Annual report of the Punjab Veterinary College and of the Civil Veterinary Department, Punjab - 1926-1932
Year: 1926
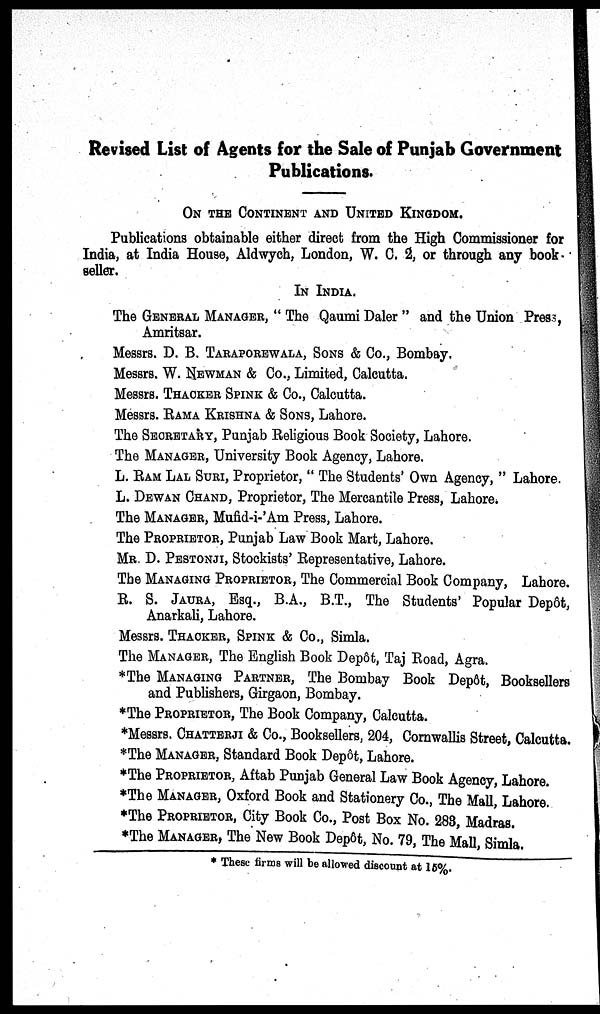
Revised List of Agents for the Sale of Punjab Government
Publications.
ON THE CONTINENT AND UNITED KINGDOM.
Publications obtainable either direct from the High Commissioner for
India, at India House, Aldwych, London, W. C. 2, or through any book-
seller.
IN INDIA.
The GENERAL MANAGER, " The Qaumi Daler " and the Union Press,
Amritsar.
Messrs. D. B.TARAPOREWALA, SONS & Co., Bombay.
Messrs. W.NEWMAN & Co., Limited, Calcutta.
Messrs.THACKER SPINK& Co., Calcutta.
Messrs. RAMA KRISHNA & SONS, Lahore.
The SECRETARY, Punjab Religious Book Society, Lahore.
The MANAGER, University Book Agency, Lahore.
L. RAM LAL SURI, Proprietor, " The Students' Own Agency, " Lahore.
L. DEWAN CHAND, Proprietor, The Mercantile Press, Lahore.
The MANAGER, Mufid-i-'Am Press, Lahore.
The PROPRIETOR,Punjab Law Book Mart, Lahore.
MR. D.PESTONJI, Stockists' Representative, Lahore.
The MANAGING PROPRIETOR, The Commercial Book Company, Lahore.
R. S. JAURA, Esq., B.A., B.T., The Students' Popular Depôt,
Anarkali, Lahore.
Messrs. THACKER ,SPINK Co., Simla.
The MANAGER, The English Book Depôt, Taj Road, Agra.
*The MANAGING PARTNER, The Bombay Book Depôt, Booksellers
and Publishers, Girgaon, Bombay.
*The PROPRIETOR, The Book Company, Calcutta.
*Messrs. CHATTERJI & Co., Booksellers, 204, Cornwallis Street, Calcutta.
*The MANAGER, Standard Book Depôt, Lahore.
*The PROPRIETOR,Aftab Punjab General Law Book Agency, Lahore.
*The MANAGER, Oxford Book and Stationery Co., The Mall, Lahore.
*The PROPRIETOR,City Book Co., Post Box No. 283, Madras.
*The MANAGER, The New Book Depôt, No. 79, The Mall, Simla.
* These firms will be allowed discount at 15%.